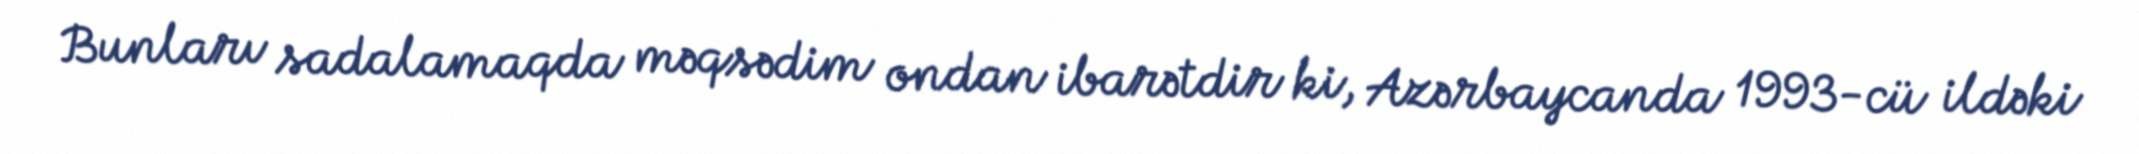
Bunları sadalamaqda məqsədim ondan ibarətdir ki, Azərbaycanda 1993-cü ildəki